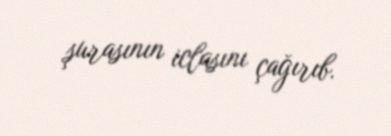
şurasının iclasını çağırıb.